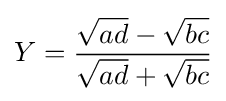
Y={\frac {{\sqrt {ad}}-{\sqrt {bc}}}{{\sqrt {ad}}+{\sqrt {bc}}}}